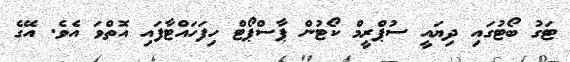
ޓަގު ބޯޓުގައި ދިޔައީ ސުޕްރީމް ކޯޓުން ޕާސްޕޯޓް ހިފަހައްޓާފައި އޮތްވަ އެވެ. އޭގެ